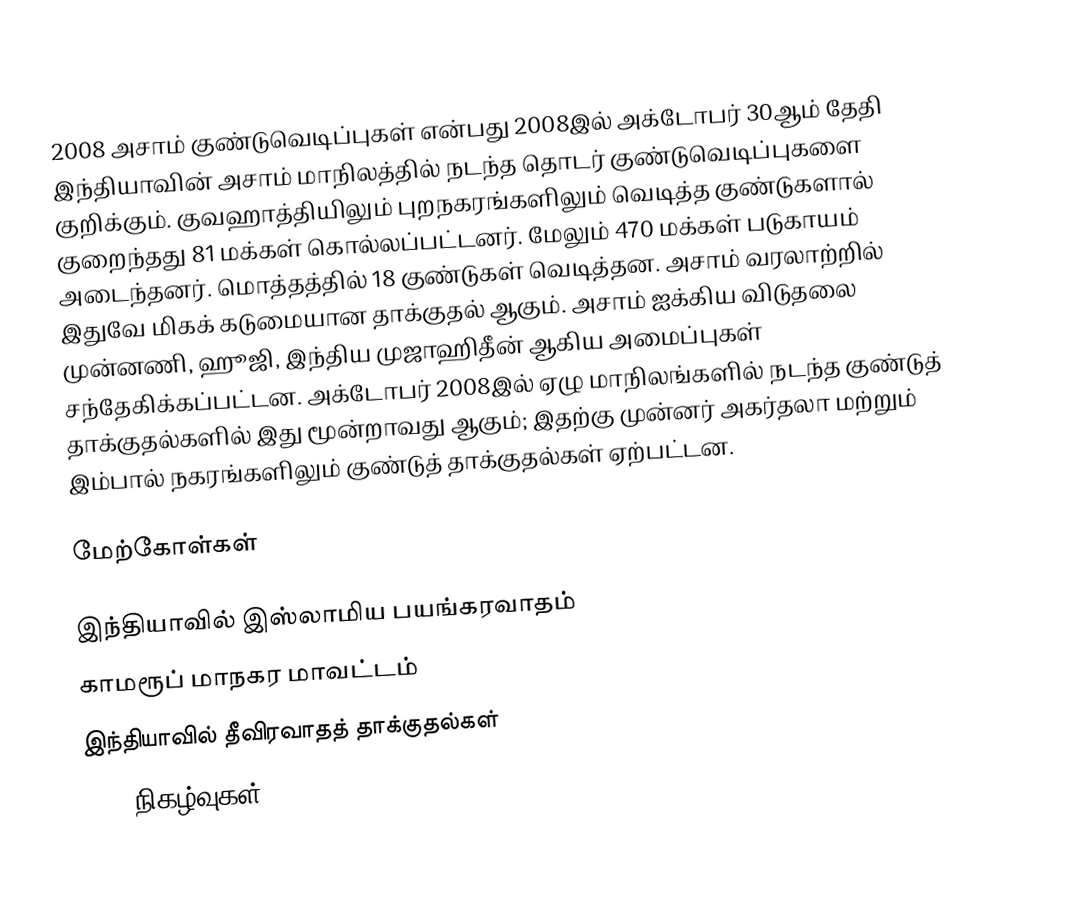
2008 அசாம் குண்டுவெடிப்புகள் என்பது 2008இல் அக்டோபர் 30ஆம் தேதி இந்தியாவின் அசாம் மாநிலத்தில் நடந்த தொடர் குண்டுவெடிப்புகளை குறிக்கும். குவஹாத்தியிலும் புறநகரங்களிலும் வெடித்த குண்டுகளால் குறைந்தது 81 மக்கள் கொல்லப்பட்டனர். மேலும் 470 மக்கள் படுகாயம் அடைந்தனர். மொத்தத்தில் 18 குண்டுகள் வெடித்தன. அசாம் வரலாற்றில் இதுவே மிகக் கடுமையான தாக்குதல் ஆகும். அசாம் ஐக்கிய விடுதலை முன்னணி, ஹூஜி, இந்திய முஜாஹிதீன் ஆகிய அமைப்புகள் சந்தேகிக்கப்பட்டன. அக்டோபர் 2008இல் ஏழு மாநிலங்களில் நடந்த குண்டுத் தாக்குதல்களில் இது மூன்றாவது ஆகும்; இதற்கு முன்னர் அகர்தலா மற்றும் இம்பால் நகரங்களிலும் குண்டுத் தாக்குதல்கள் ஏற்பட்டன.

மேற்கோள்கள்

இந்தியாவில் இஸ்லாமிய பயங்கரவாதம்
காமரூப் மாநகர மாவட்டம்
இந்தியாவில் தீவிரவாதத் தாக்குதல்கள்
2008 நிகழ்வுகள்